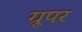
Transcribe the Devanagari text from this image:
ग्रूपर